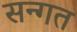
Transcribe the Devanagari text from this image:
सन्गत